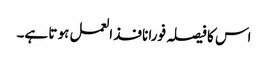
اس کا فیصلہ فورا نافذ العمل ہو تا ہے۔